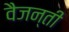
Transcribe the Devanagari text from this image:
वैजन्ती